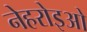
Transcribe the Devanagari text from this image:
नेहरोइओ